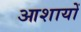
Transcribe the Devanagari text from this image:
आशायों